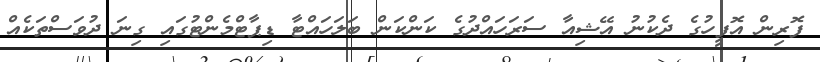
ފޮރިން އޮފީހުގެ ދެކުނު އޭޝިއާ ސަރަހައްދުގެ ކަންކަން ބަލަހައްޓާ ޑިޕާޓްމެންޓުގައި ގިނަ ދުވަސްތަކެއް